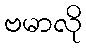
ဗမာလို